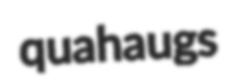
quahaugs